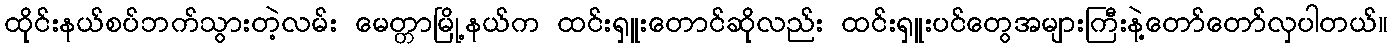
ထိုင်းနယ်စပ်ဘက်သွားတဲ့လမ်း မေတ္တာမြို့နယ်က ထင်းရှူးတောင်ဆိုလည်း ထင်းရှူးပင်တွေအများကြီးနဲ့တော်တော်လှပါတယ်။